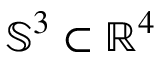
\mathbb { S } ^ { 3 } \subset \mathbb { R } ^ { 4 }